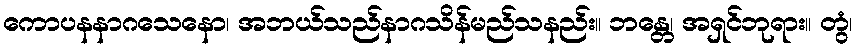
ကောပနနာဂသေနော၊ အဘယ်သည်နာဂသိန်မည်သနည်း။ ဘန္တေ၊ အရှင်ဘုရား။ တွံ၊